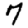
Digit: 7